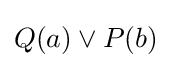
Q(a)\lor P(b)